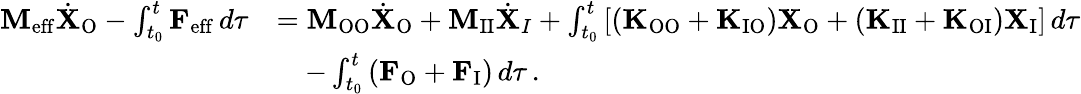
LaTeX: \begin{array}{rl}{\mathbf{M}_{\mathrm{eff}}\dot{\mathbf{X}}_{\mathrm{O}}-\int_{t_{0}}^{t}\mathbf{F}_{\mathrm{eff}}\, d\tau}&{=\mathbf{M}_{\mathrm{OO}}\dot{\mathbf{X}}_{\mathrm{O}}+\mathbf{M}_{\mathrm{II}}\dot{\mathbf{X}}_{I}+\int_{t_{0}}^{t}\left[(\mathbf{K}_{\mathrm{OO}}+\mathbf{K}_{\mathrm{IO}})\mathbf{X}_{\mathrm{O}}+(\mathbf{K}_{\mathrm{II}}+\mathbf{K}_{\mathrm{OI}})\mathbf{X}_{\mathrm{I}}\right]\, d\tau}\\ &{\quad-\int_{t_{0}}^{t}\left(\mathbf{F}_{\mathrm{O}}+\mathbf{F}_{\mathrm{I}}\right)\, d\tau\, .}\end{array}